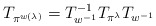
\begin{align*}T_{\pi^{w\left(\lambda\right)}} = T_{w^{-1}}^{-1}T_{\pi^\lambda} T_{w^{-1}}\end{align*}